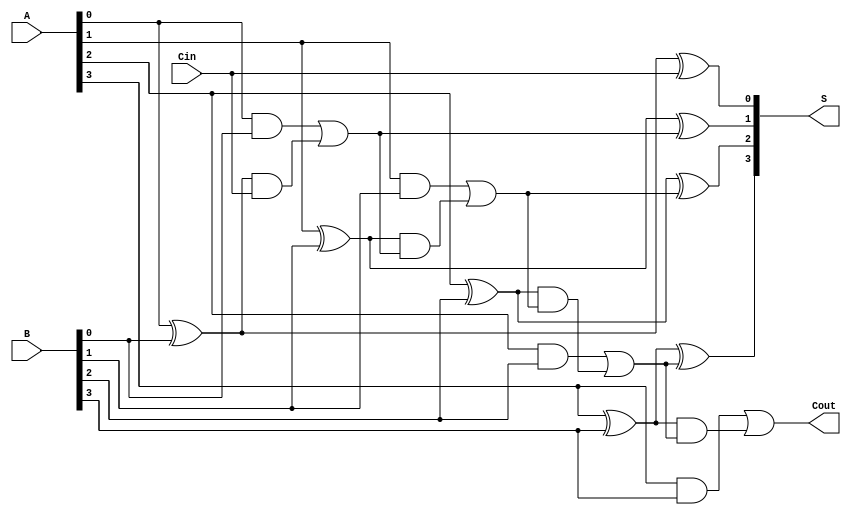
module CarryLookaheadAdder #(parameter N = 4) (
    input  wire [N-1:0] A,     // Input A
    input  wire [N-1:0] B,     // Input B
    input  wire Cin,           // Carry input
    output wire [N-1:0] S,     // Sum output
    output wire Cout           // Carry output
);

    // Generate and Propagate signals
    wire [N-1:0] G; // Generate signals
    wire [N-1:0] P; // Propagate signals
    wire [N:0] C;   // Carry signals (C[0] = Cin)

    // Generate and Propagate logic
    genvar i;
    generate
        for (i = 0; i < N; i = i + 1) begin: gen_prop
            assign G[i] = A[i] & B[i];       // Generate
            assign P[i] = A[i] ^ B[i];       // Propagate
        end
    endgenerate

    // Carry signals calculation
    assign C[0] = Cin; // C[0] is the input carry
    generate
        for (i = 1; i <= N; i = i + 1) begin: carry_logic
            assign C[i] = G[i-1] | (P[i-1] & C[i-1]);
        end
    endgenerate

    // Sum calculation
    generate
        for (i = 0; i < N; i = i + 1) begin: sum_logic
            assign S[i] = P[i] ^ C[i]; // Sum
        end
    endgenerate

    // Carry output
    assign Cout = C[N]; // Cout is the last carry output

endmodule